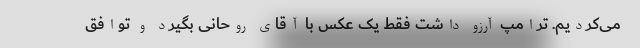
می‌کردیم. ترامپ آرزو داشت فقط یک عکس با آقای روحانی بگیرد و توافق